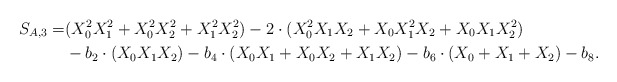
\begin{align*}S_{A,3} =& (X_0^2 X_1^2+X_0^2 X_2^2+X_1^2 X_2^2)-2 \cdot (X_0^2 X_1 X_2 +X_0 X_1^2 X_2 + X_0 X_1 X_2^2) \\& - b_2 \cdot (X_0 X_1 X_2) - b_4 \cdot (X_0 X_1+X_0X_2 + X_1X_2) -b_6 \cdot (X_0+X_1+X_2)-b_8.\end{align*}